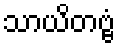
သာယိတဗ္ဗံ